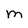
Character: M